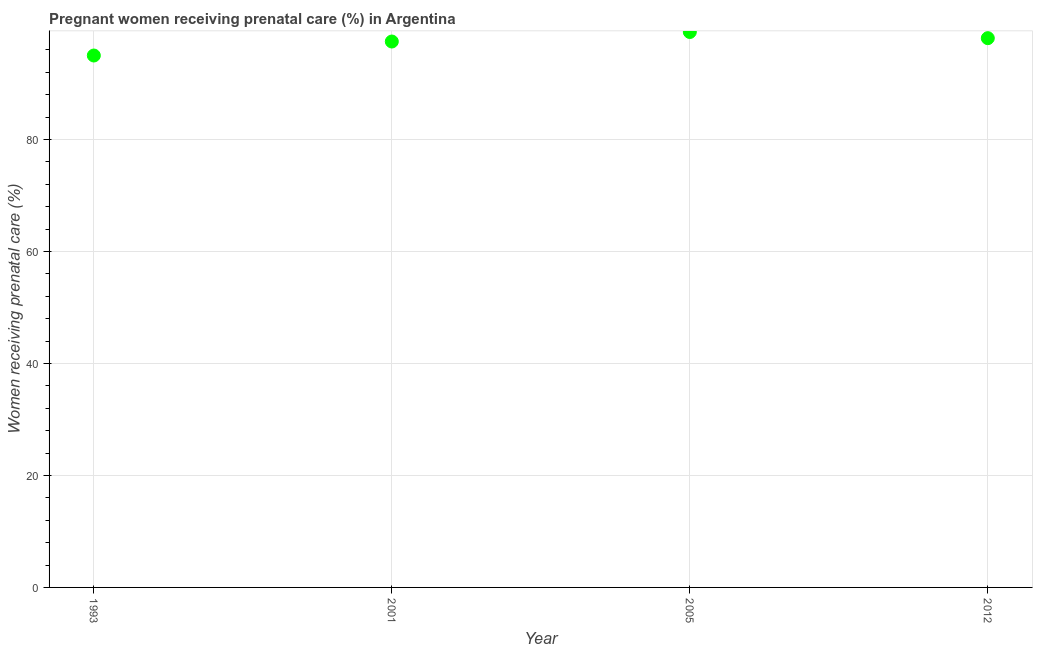
| Year | Pregnant women receiving prenatal care |
 | --- | --- |
 | 1993 | 95 |
 | 2001 | 97.5 |
 | 2005 | 99.2 |
 | 2012 | 98.1 |